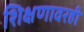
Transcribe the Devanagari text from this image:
शिक्षणावरही